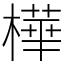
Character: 樺